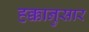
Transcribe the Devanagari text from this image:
हक्कानुसार